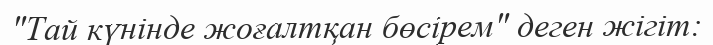
"Тай күнінде жоғалтқан бөсірем" деген жігіт: